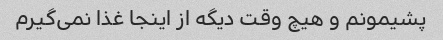
پشیمونم و هیچ وقت دیگه از اینجا غذا نمی‌گیرم